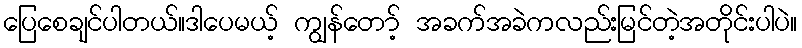
ပြေစေချင်ပါတယ်။ဒါပေမယ့် ကျွန်တော့် အခက်အခဲကလည်းမြင်တဲ့အတိုင်းပါပဲ။